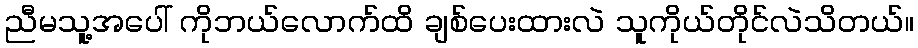
ညီမသူ့အပေါ် ကိုဘယ်လောက်ထိ ချစ်ပေးထားလဲ သူကိုယ်တိုင်လဲသိတယ်။